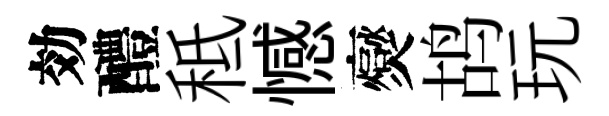
効醴秪憾爕鸪玩